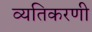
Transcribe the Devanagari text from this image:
व्यतिकरणी